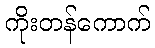
ကိုးတန်ကောက်